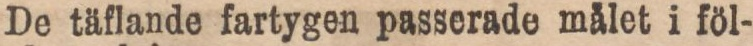
De täflande fartygen passerade målet i föl-